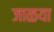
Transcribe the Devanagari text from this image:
जाळया